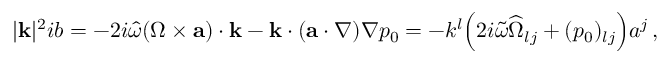
\begin{array} { r } { | { \mathbf { k } } | ^ { 2 } i b = - 2 i \widehat { \omega } ( \boldsymbol { \Omega } \times { \mathbf { a } } ) \cdot { \mathbf { k } } - { \mathbf { k } } \cdot ( { \mathbf { a } } \cdot \nabla ) \nabla p _ { 0 } = - k ^ { l } \Big ( 2 i \widetilde { \omega } \widehat { \Omega } _ { l j } + ( p _ { 0 } ) _ { l j } \Big ) a ^ { j } \, , } \end{array}